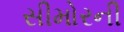
સીમોરની